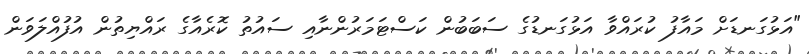
"އަޅުގަނޑަށް މައާފު ކުރައްވާ އަޅުގަނޑުގެ ސަބަބުން ކަސްޓަމަރުންނާއި ސައުތު ކޮރެއާގެ ރައްޔިތުން އުފުއްލަވަން